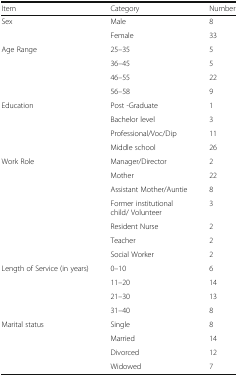
| Item | Category | Number |
 | --- | --- | --- |
 | <ROWSPAN=2> Sex | Male | 8 |
 | Female | 33 |
 | <ROWSPAN=4> Age Range | 25–35 | 5 |
 | 36–45 | 5 |
 | 46–55 | 22 |
 | 56–58 | 9 |
 | <ROWSPAN=4> Education | Post -Graduate | 1 |
 | Bachelor level | 3 |
 | Professional/Voc/Dip | 11 |
 | Middle school | 26 |
 | <ROWSPAN=7> Work Role | Manager/Director | 2 |
 | Mother | 22 |
 | Assistant Mother/Auntie | 8 |
 | Former institutional child/ Volunteer | 3 |
 | Resident Nurse | 2 |
 | Teacher | 2 |
 | Social Worker | 2 |
 | <ROWSPAN=4> Length of Service (in years) | 0–10 | 6 |
 | 11–20 | 14 |
 | 21–30 | 13 |
 | 31–40 | 8 |
 | <ROWSPAN=4> Marital status | Single | 8 |
 | Married | 14 |
 | Divorced | 12 |
 | Widowed | 7 |